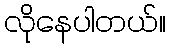
လိုနေပါတယ်။